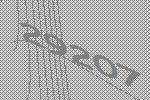
29207